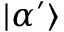
| \alpha ^ { \prime } \rangle